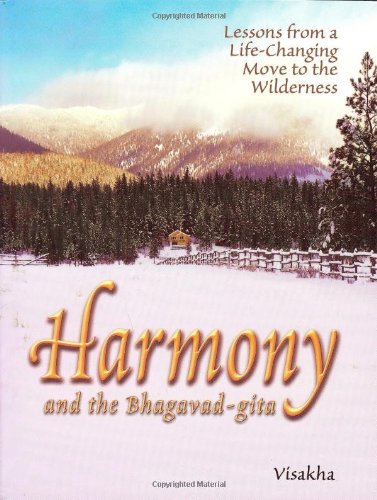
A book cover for Harmony and the Bhagavad-Gita: Lessons From a Life-Changing Move to the Wilderness; Visakha Dasi; Religion & Spirituality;